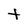
Character: t